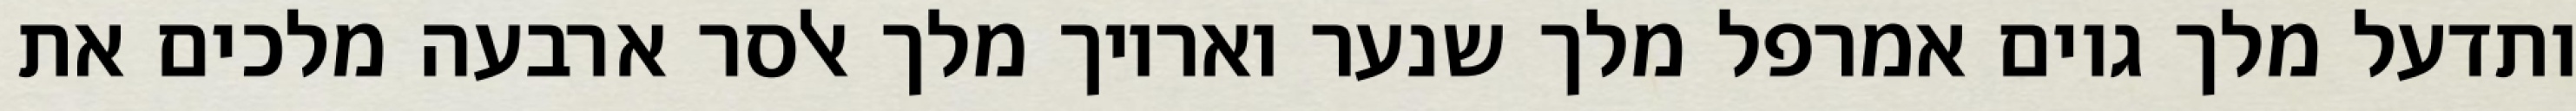
ותדעל מלך גוים אמרפל מלך שנער ואריוך מלך אלסר ארבעה מלכים את